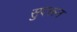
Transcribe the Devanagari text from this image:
सुदरून